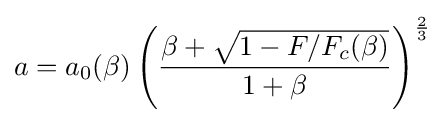
a=a_{0}(\beta )\left({\frac {\beta +{\sqrt {1-F/F_{c}(\beta )}}}{1+\beta }}\right)^{\frac {2}{3}}